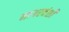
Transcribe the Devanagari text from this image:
नागरवंशी